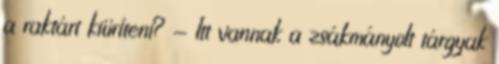
a raktárt kiüríteni? - Itt vannak a zsákmányolt tárgyak